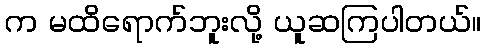
က မထိရောက်ဘူးလို့ ယူဆကြပါတယ်။